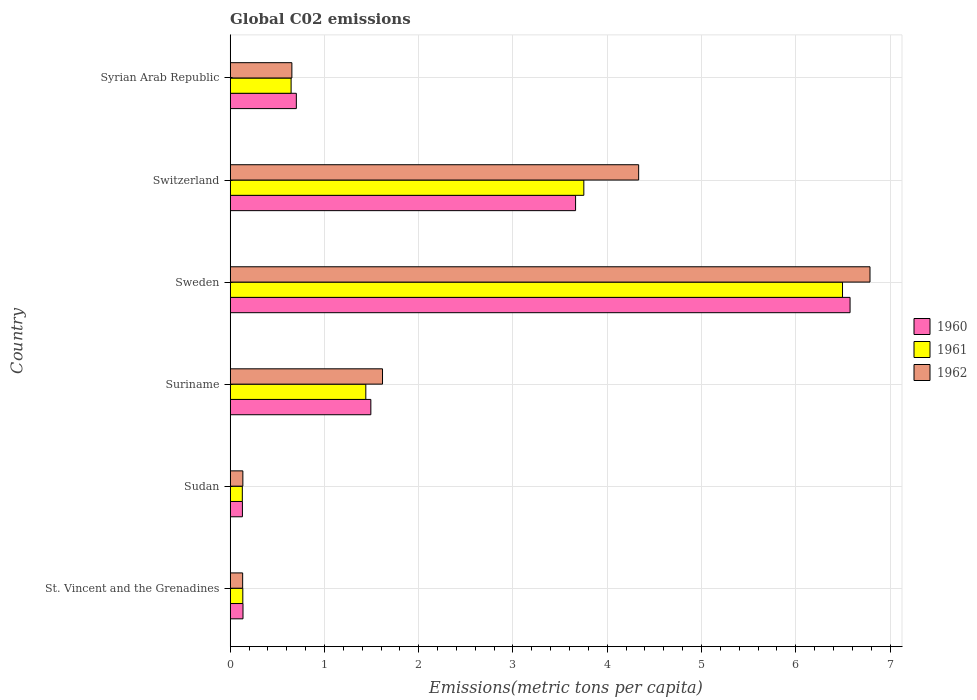
| Country | 1960 | 1961 | 1962 |
 | --- | --- | --- | --- |
 | St. Vincent and the Grenadines | 0.136 | 0.134 | 0.132 |
 | Sudan | 0.13 | 0.129 | 0.134 |
 | Suriname | 1.49 | 1.44 | 1.62 |
 | Sweden | 6.58 | 6.5 | 6.79 |
 | Switzerland | 3.66 | 3.75 | 4.33 |
 | Syrian Arab Republic | 0.702 | 0.646 | 0.654 |